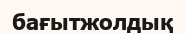
бағытжолдық